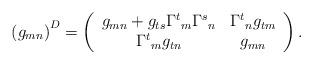
LaTeX: \begin{align*} \left(g_{mn}\right)^D = \left(\begin{array}{cc} g_{mn} + g_{ts}{\Gamma^t}_m{\Gamma^s}_n & {\Gamma^t}_n g_{tm} \\ {\Gamma^t}_m g_{tn} & g_{mn} \end{array}\right).\end{align*}